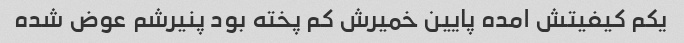
یکم کیفیتش امده پایین خمیرش کم پخته بود پنیرشم عوض شده